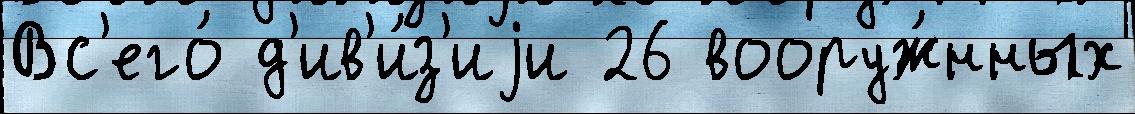
Вс'его́ д'ив'и́з'иjи 26 вооруж́нных